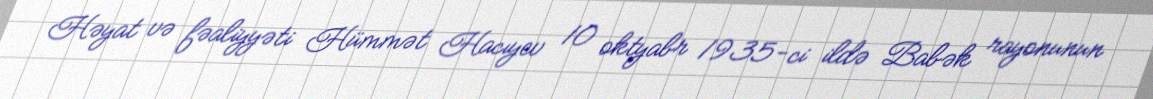
Həyat və fəaliyyəti Hümmət Hacıyev 10 oktyabr 1935-ci ildə Babək rayonunun